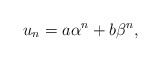
\begin{align*} u_n=a\alpha^n+b\beta^n,\end{align*}